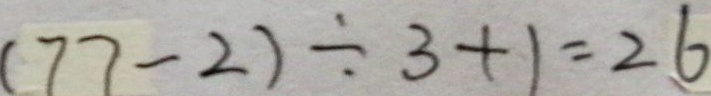
( 7 7 - 2 ) \div 3 + 1 = 2 6